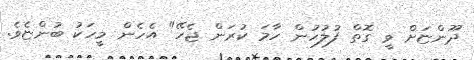
ދޫންޏަށް ވީ ގޮތް ފުލުހުން ހާމަ ކުރަން ޖެހޭ" އެހެން މީހަކު ބުންޏެވެ.